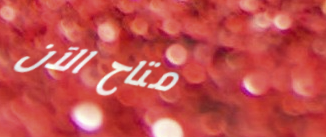
متاح الآن